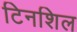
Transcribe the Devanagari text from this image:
टिनशिल